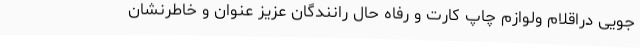
جویی دراقلام ولوازم چاپ کارت و رفاه حال رانندگان عزیز عنوان و خاطرنشان